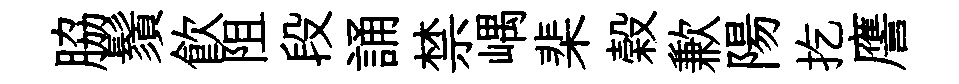
脇鬚飮阻段誦禁嵎棐榖歉陽扢譍